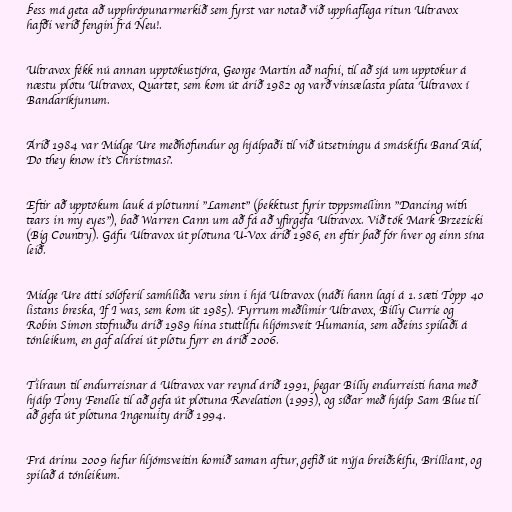
Þess má geta að upphrópunarmerkið sem fyrst var notað við upphaflega ritun Ultravox
hafði verið fengin frá Neu!.

Ultravox fékk nú annan upptökustjóra, George Martin að nafni, til að sjá um upptökur á
næstu plötu Ultravox, Quartet, sem kom út árið 1982 og varð vinsælasta plata Ultravox í
Bandaríkjunum.

Árið 1984 var Midge Ure meðhöfundur og hjálpaði til við útsetningu á smáskífu Band Aid,
Do they know it's Christmas?.

Eftir að upptökum lauk á plötunni "Lament" (þekktust fyrir toppsmellinn "Dancing with
tears in my eyes"), bað Warren Cann um að fá að yfirgefa Ultravox. Við tók Mark Brzezicki
(Big Country). Gáfu Ultravox út plötuna U-Vox árið 1986, en eftir það fór hver og einn sína
leið.

Midge Ure átti sólóferil samhliða veru sinn i hjá Ultravox (náði hann lagi á 1. sæti Topp 40
listans breska, If I was, sem kom út 1985). Fyrrum meðlimir Ultravox, Billy Currie og
Robin Simon stofnuðu árið 1989 hina stuttlífu hljómsveit Humania, sem aðeins spilaði á
tónleikum, en gaf aldrei út plötu fyrr en árið 2006.

Tilraun til endurreisnar á Ultravox var reynd árið 1991, þegar Billy endurreisti hana með
hjálp Tony Fenelle til að gefa út plötuna Revelation (1993), og síðar með hjálp Sam Blue til
að gefa út plötuna Ingenuity árið 1994.

Frá árinu 2009 hefur hljómsveitin komið saman aftur, gefið út nýja breiðskífu, Brill!ant, og
spilað á tónleikum.